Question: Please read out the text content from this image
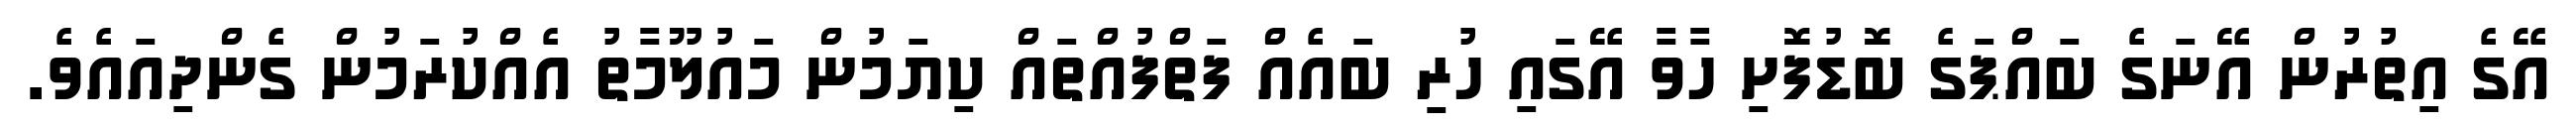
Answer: އޭގެ އިތުރުން އޭނަގެ ބައްޕަގެ ބޮޑުފޮށި ހާވާ އޭގައި ހުރި ބައެއް ފަތްފުއްތައް ކިޔަމުން މައުލޫމާތު އެއްކުރަމުން ގެންދިއައެވެ.